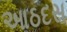
આઠદસ